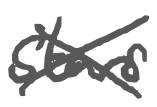
Text: stars
Cross-out: cross
Writing tool: digital_gray